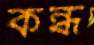
কন্ধ